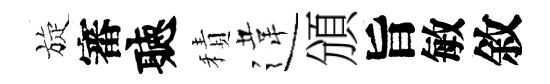
旋審聽積違頒旨敏敘